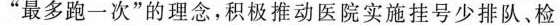
”最多跑一次”的理念，积极推动医院实施挂号少排队、检